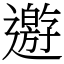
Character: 𨘋